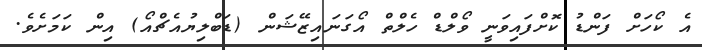
އެ ކޯހަށް ފަންޑު ކޮށްފައިވަނީ ވޯލްޑް ހެލްތް އޯގަނައިޒޭޝަން (ޑަބްލިޔުއެޗްއޯ) އިން ކަމަށެވެ.